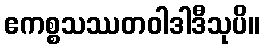
ဧကစ္စသဿတဝါဒါဒီသုပိ။